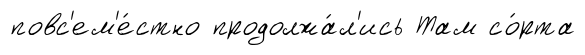
повс'ем'е́стно продолжа́л'ись Там со́рта